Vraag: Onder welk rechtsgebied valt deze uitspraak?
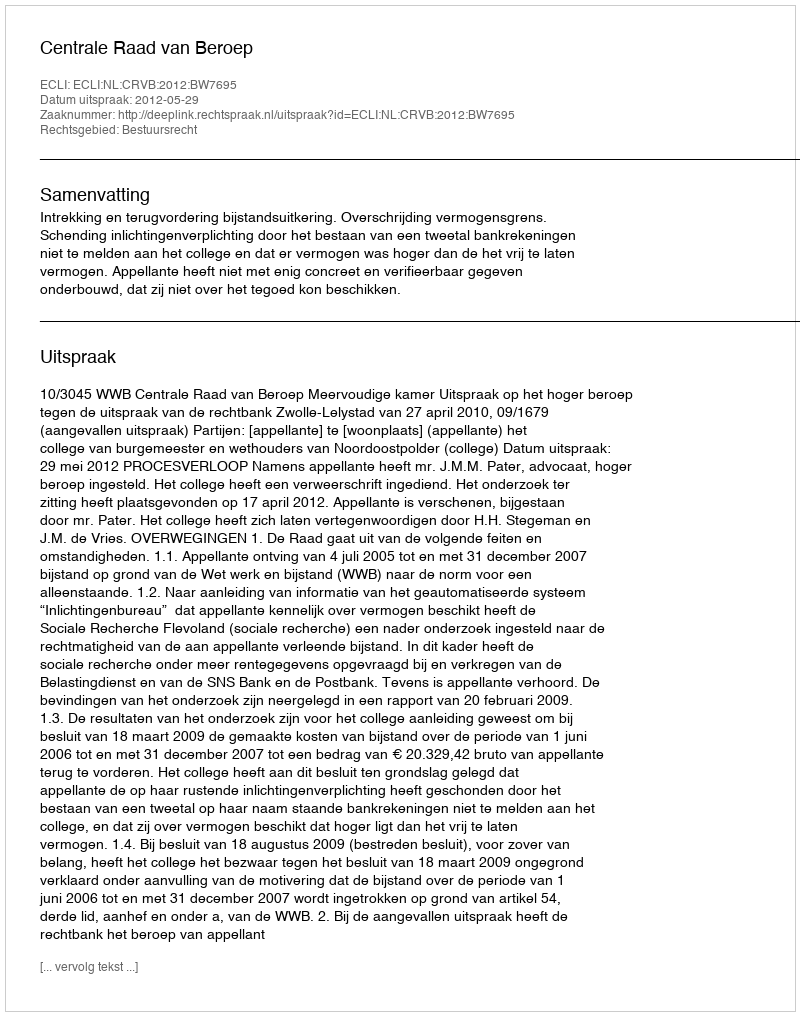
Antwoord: Bestuursrecht